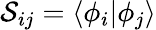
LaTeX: \mathcal{S}_{ij}=\langle\phi_{i}\vert\phi_{j}\rangle